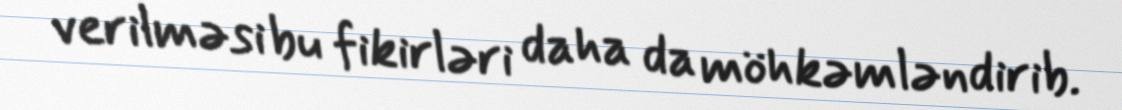
verilməsi bu fikirləri daha da möhkəmləndirib.